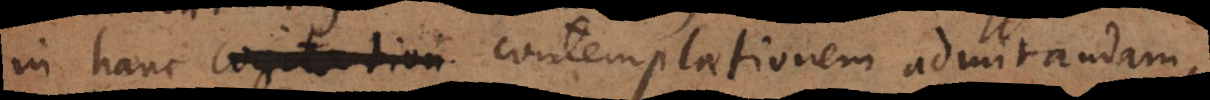
in hanc cogitation contemplationem admirandam,